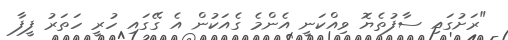
"ރަށުގައި ސާފުތެޔޮ ވިއްކަނީ އެންމެ ގެއަކުން އެ ގޭގައި ހުރީ ހަތަރު ފީފާ